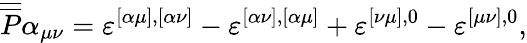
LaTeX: \overline{{{\overline{{{P}}}}}}\alpha_{\mu\nu}=\varepsilon^{[\alpha\mu],[\alpha\nu]}-\varepsilon^{[\alpha\nu],[\alpha\mu]}+\varepsilon^{[\nu\mu],0}-\varepsilon^{[\mu\nu],0},